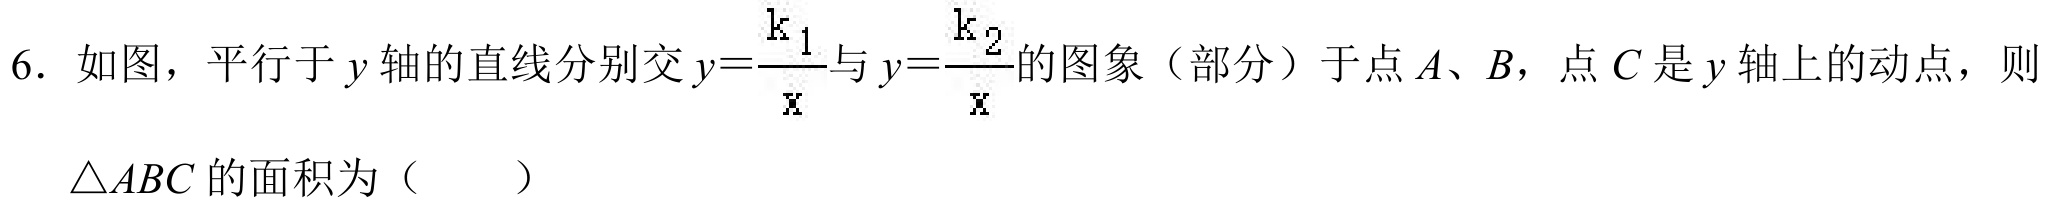
6. 如图，平行于\(y\)轴的直线分别交\(y = \frac{k_{1}}{x}\)与\(y = \frac{k_{2}}{x}\)的图象（部分）于点\(A、B\)，点\(C\)是\(y\)轴上的动点，则\(\triangle ABC\)的面积为（  ）